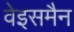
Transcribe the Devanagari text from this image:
वेइसमैन